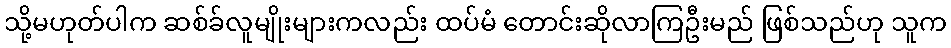
သို့မဟုတ်ပါက ဆစ်ခ်လူမျိုးများကလည်း ထပ်မံ တောင်းဆိုလာကြဦးမည် ဖြစ်သည်ဟု သူက